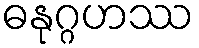
ဓနုဂ္ဂဟဿ